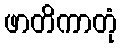
ဖာတိကာတုံ